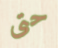
حتى